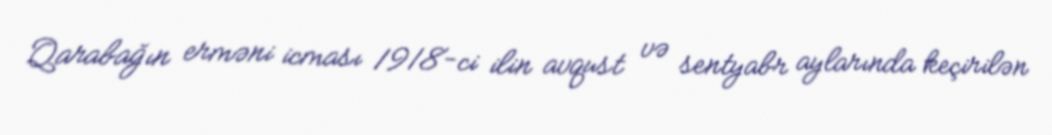
Qarabağın erməni icması 1918-ci ilin avqust və sentyabr aylarında keçirilən